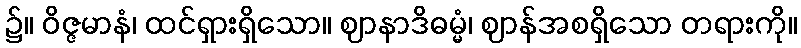
၌။ ဝိဇ္ဇမာနံ၊ ထင်ရှားရှိသော။ ဈာနာဒိဓမ္မံ၊ ဈာန်အစရှိသော တရားကို။